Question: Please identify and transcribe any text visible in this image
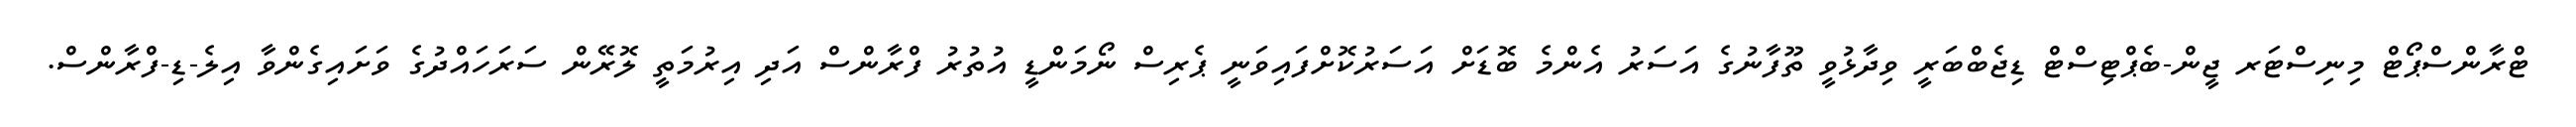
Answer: ޓްރާންސްޕޯޓް މިނިސްޓަރ ޖީން-ބެޕްޓިސްޓް ޑިޖެބްބަރީ ވިދާޅުވީ ތޫފާނުގެ އަސަރު އެންމެ ބޮޑަށް އަސަރުކޮށްފައިވަނީ ޕެރިސް ނޯމަންޑީ އުތުރު ފްރާންސް އަދި އިރުމަތީ ލޮރޭން ސަރަހައްދުގެ ވަށައިގެންވާ އިލެ-ޑި-ފްރާންސް.